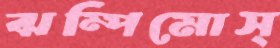
ঝম্পিমোস্